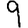
Digit: 9